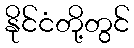
နိုင်ငံတို့တွင်